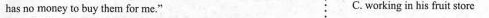
has no money to buy thern for me.” C. working in his fruit store